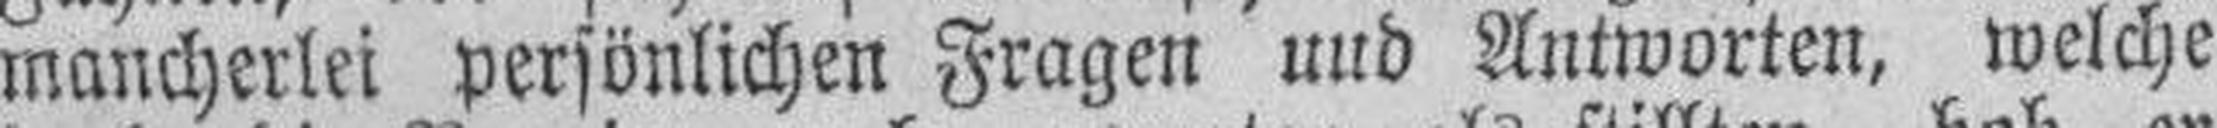
mancherlei persönlichen Fragen uud Antworten, welche